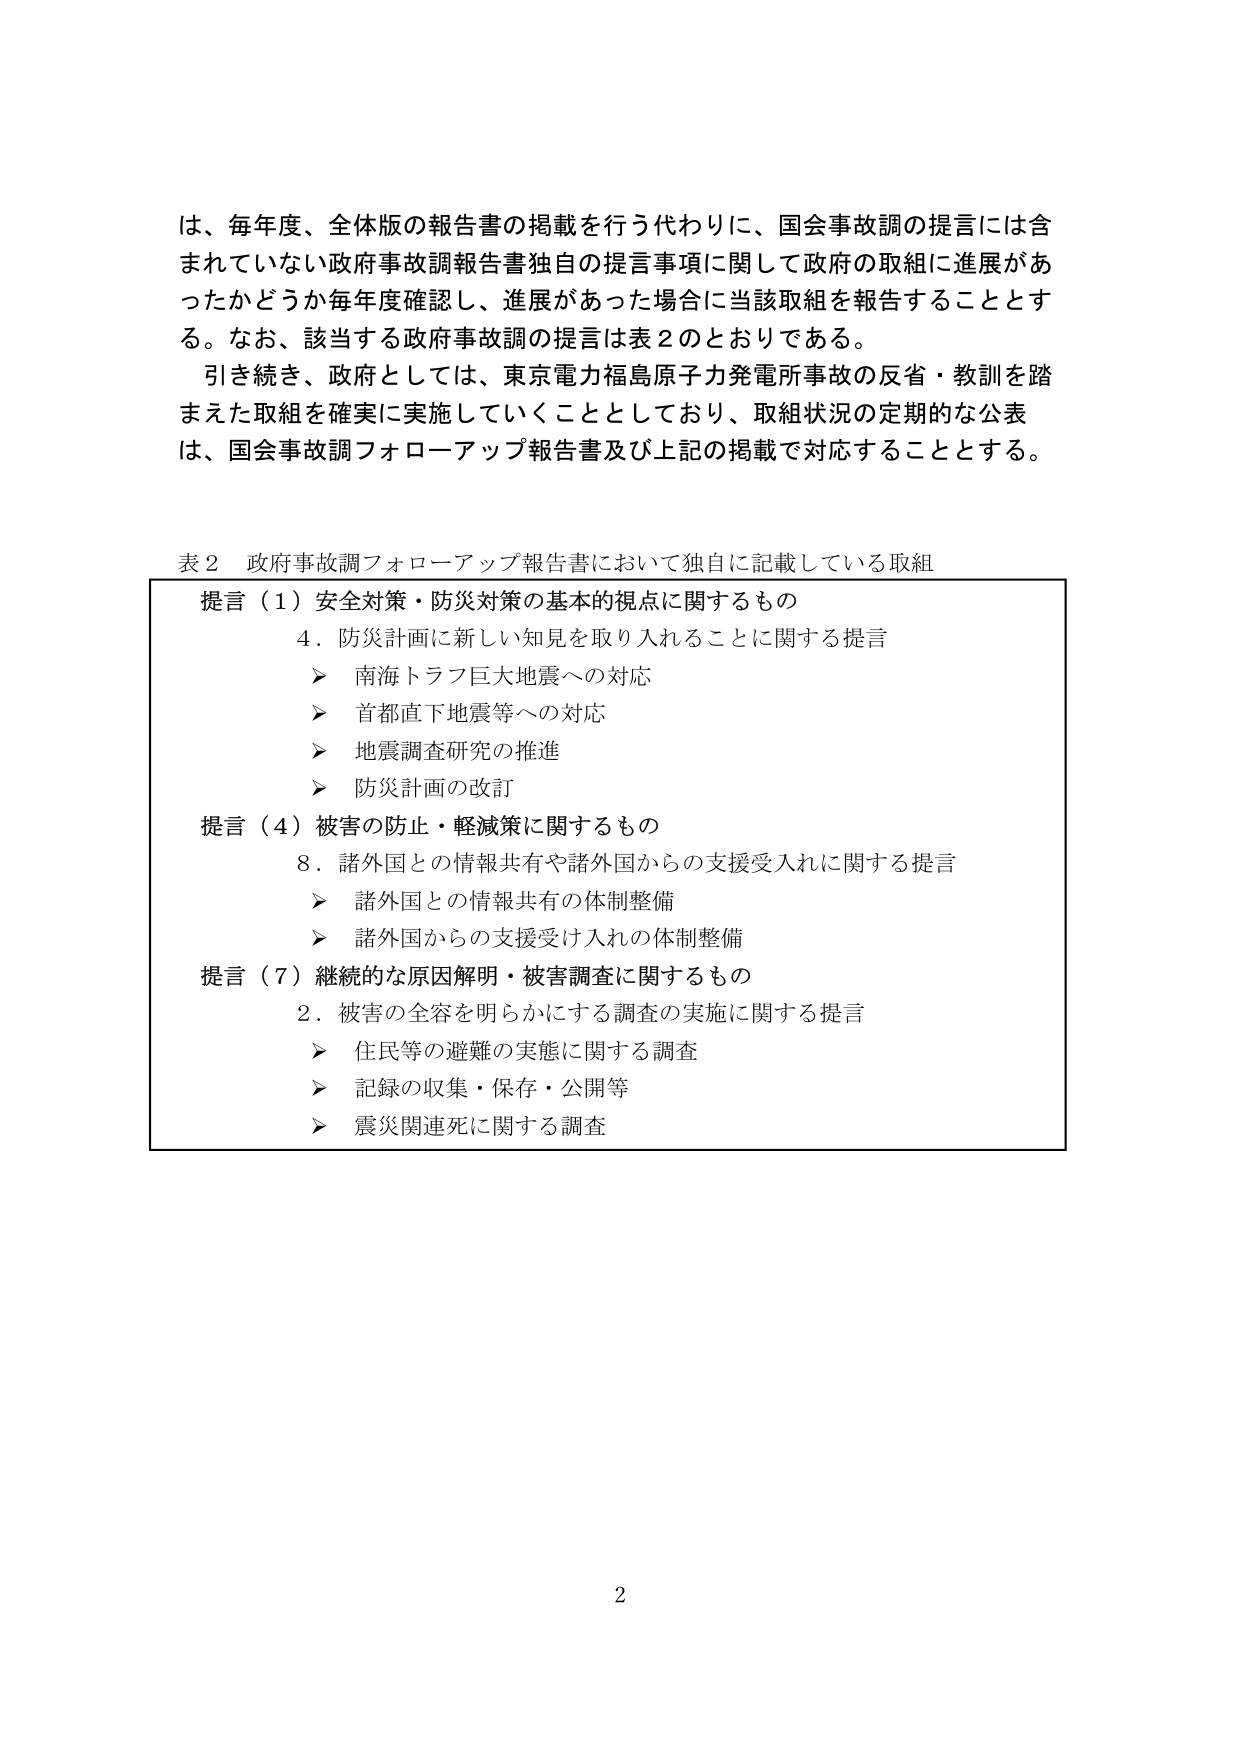
は、毎年度、全体版の報告書の掲載を行う代わりに、国会事故調の提言には含まれていない政府事故調報告書独自の提言事項に関して政府の取組に進展があったかどうか毎年度確認し、進展があった場合に当該取組を報告することとする。なお、該当する政府事故調の提言は表２のとおりである。

引き続き、政府としては、東京電力福島原子力発電所事故の反省・教訓を踏まえた取組を確実に実施していくこととしており、取組状況の定期的な公表は、国会事故調フォローアップ報告書及び上記の掲載で対応することとする。

表２ 政府事故調フォローアップ報告書において独自に記載している取組

提言（１）安全対策・防災対策の基本的視点に関するもの
　４．防災計画に新しい知見を取り入れることに関する提言
　　▶ 南海トラフ巨大地震への対応
　　▶ 首都直下地震等への対応
　　▶ 地震調査研究の推進
　　▶ 防災計画の改訂

提言（４）被害の防止・軽減策に関するもの
　８．諸外国との情報共有や諸外国からの支援受入れに関する提言
　　▶ 諸外国との情報共有の体制整備
　　▶ 諸外国からの支援受入れの体制整備

提言（７）継続的な原因解明・被害調査に関するもの
　２．被害の全容を明らかにする調査の実施に関する提言
　　▶ 住民等の避難の実態に関する調査
　　▶ 記録の収集・保存・公開等
　　▶ 震災関連死に関する調査

2